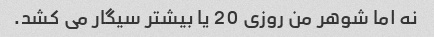
نه اما شوهر من روزی 20 یا بیشتر سیگار می کشد.